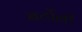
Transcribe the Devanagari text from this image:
बर्टोनी